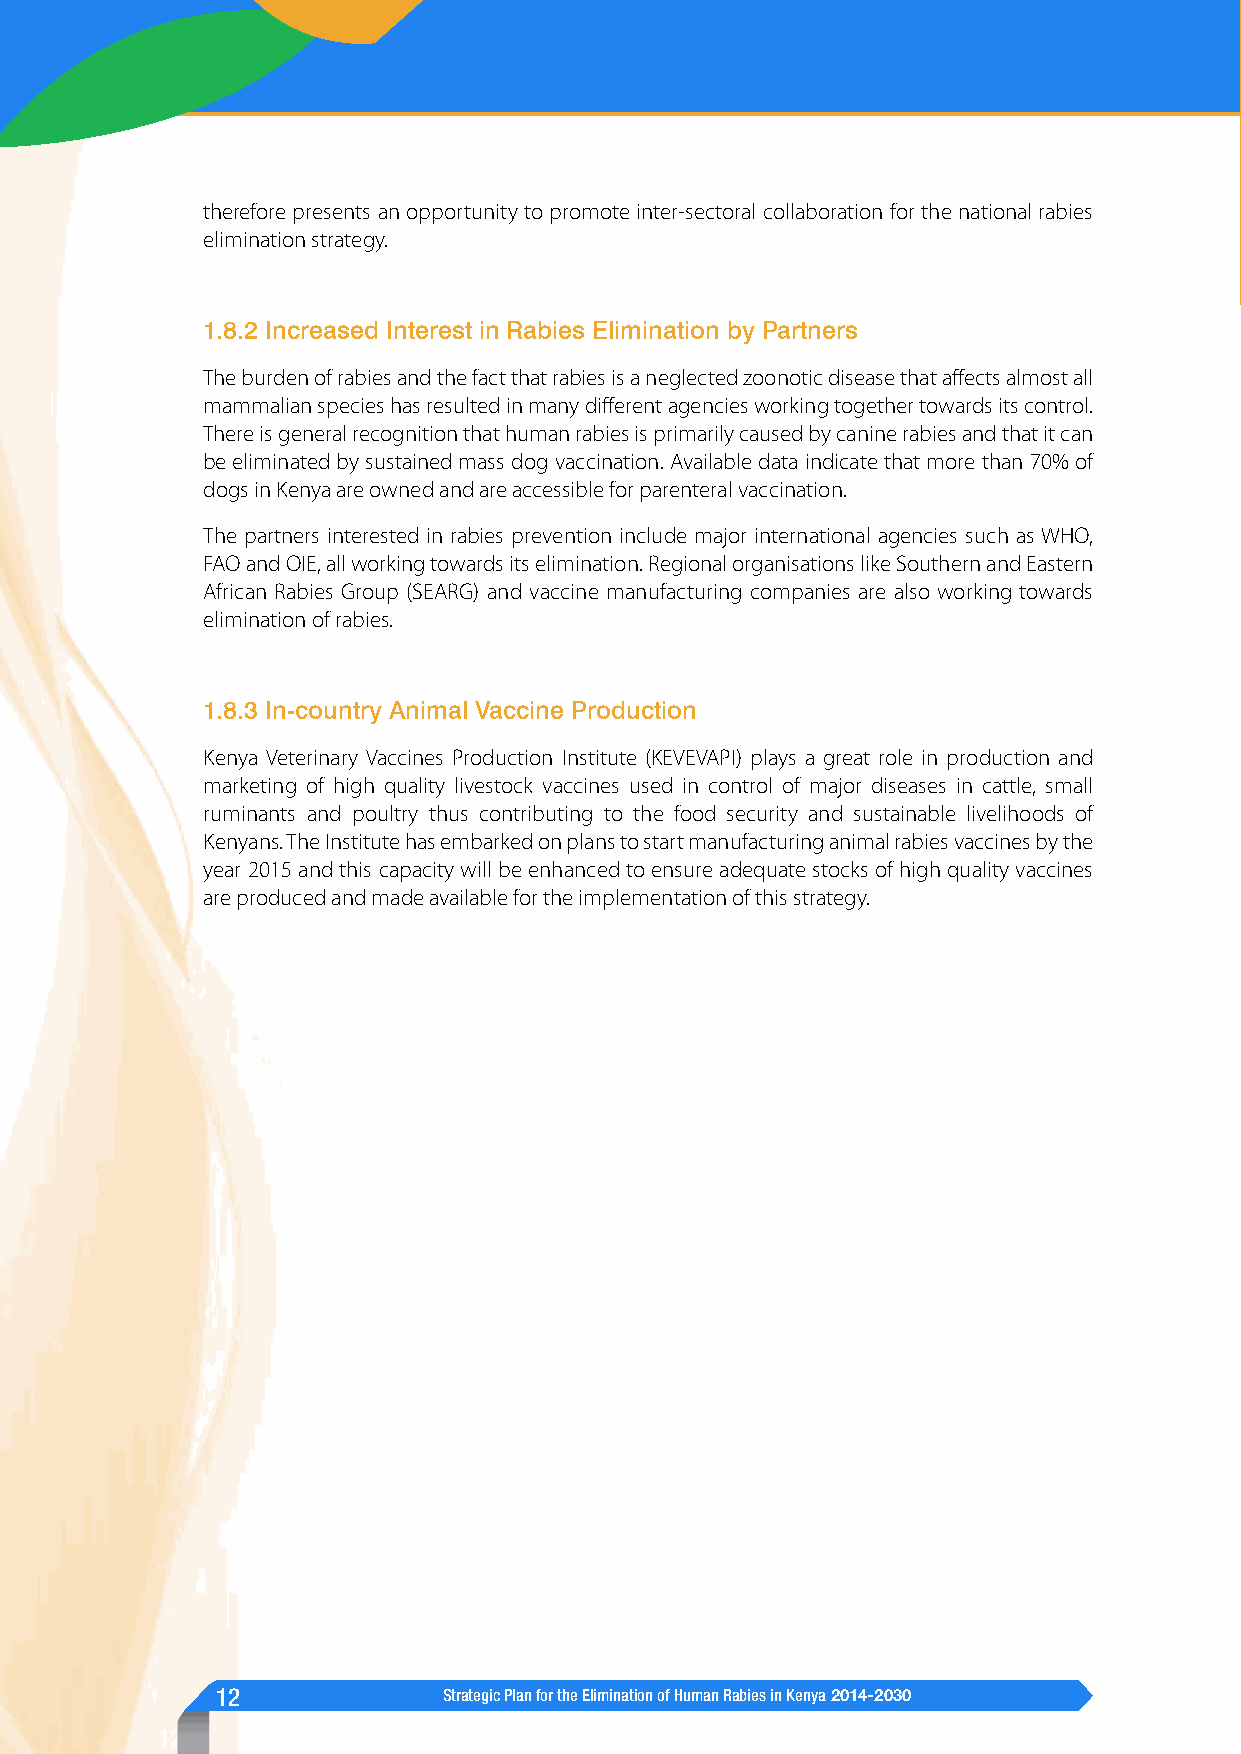
therefore presents an opportunity to promote inter-sectoral collaboration for the national rabies
 elimination strategy.
 1.8.2 Increased Interest in Rabies Elimination by Partners
 The burden of rabies and the fact that rabies is a neglected zoonotic disease that affects almost all
 mammalian species has resulted in many different agencies working together towards its control.
 There is general recognition that human rabies is primarily caused by canine rabies and that it can
 be eliminated by sustained mass dog vaccination. Available data indicate that more than 70% of
 dogs in Kenya are owned and are accessible for parenteral vaccination.
 The partners interested in rabies prevention include major international agencies such as WHO,
 FAO and OIE, all working towards its elimination. Regional organisations like Southern and Eastern
 African Rabies Group (SEARG) and vaccine manufacturing companies are also working towards
 elimination of rabies.
 1.8.3 In-country Animal Vaccine Production
 Kenya Veterinary Vaccines Production Institute (KEVEVAPI) plays a great role in production and
 marketing of high quality livestock vaccines used in control of major diseases in cattle, small
 ruminants and poultry thus contributing to the food security and sustainable livelihoods of
 Kenyans. The Institute has embarked on plans to start manufacturing animal rabies vaccines by the
 year 2015 and this capacity will be enhanced to ensure adequate stocks of high quality vaccines
 are produced and made available for the implementation of this strategy.
 12             Strategic Plan for the Elimination of Human Rabies in Kenya 2014-2030
 12